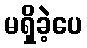
မရှိခဲ့ပေ